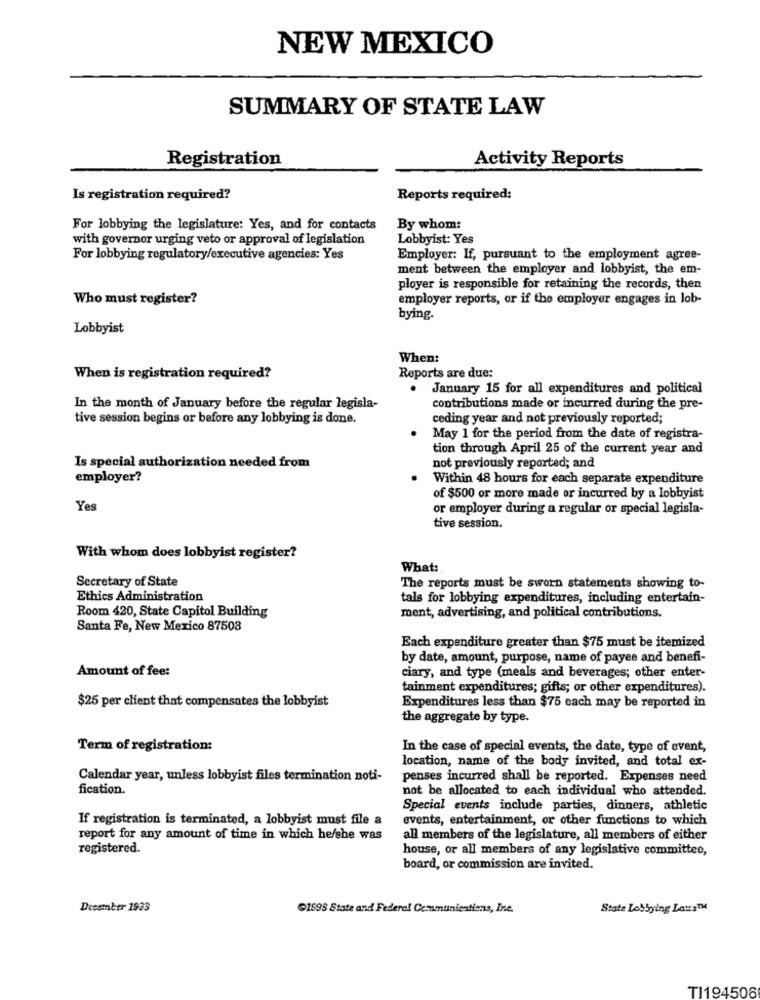
NEW MEXICO
SUMMARY OF STATE LAW
Registration
Activity Reports
Is registration required?
Reports required:
For lobbying the legislature: Yes, and for contacts
By whom:
with governor urging veto or approval of legislation
Lobbyist: Yes
For lobbying regulatory/executive agencies: Yes
Employer: If, pursuant to the employment agree-
ment between the employer and lobbyist, the em-
ployer is responsible for retaining the records, then
Who must register?
employer reports, or if the employer engages in lob-
bying.
Lobbyist
When:
When is registration required?
Reports are due:
January 15 for all expenditures and political
In the month of January before the regular legisla-
contributions made or incurred during the pre-
tive session begins or before any lobbying is done.
ceding year and not previously reported;
May 1 for the period from the date of registra-
tion through April 25 of the current year and
Is special authorization needed from
not previously reported; and
employer?
Within 48 hours for each separate expenditure
of $500 or more made or incurred by a lobbyist
Yes
or employer during a regular or special legisla-
tive session.
With whom does lobbyist register?
What:
Secretary of State
The reports must be sworn statements showing to-
Ethics Administration
tals for lobbying expenditures, including entertain-
Room 420, State Capitol Building
ment, advertising, and political contributions.
Santa Fe, New Mexico 87508
Each expenditure greater than $75 must be itemized
by date, amount, purpose, name of payee and benefi-
Amount of fee:
ciary, and type (meals and beverages; other enter-
tainment expenditures; gifts; or other expenditures).
$25 per client that compensates the lobbyist
Expenditures less than $75 each may be reported in
the aggregate by type.
Term of registration:
In the case of special events, the date, type of event,
location, name of the body invited, and total ex-
Calendar year, unless lobbyist files termination noti-
penses incurred shall be reported. Expenses need
fication.
not be allocated to each individual who attended.
Special events include parties, dinners, athletic
If registration is terminated, a lobbyist must file a
events, entertainment, or other functions to which
report for any amount of time in which he/she was
all members of the legislature, all members of either
registered.
house, or all members of any legislative committee,
board, or commission are invited.
December 1933
1898 State and Federal Communications, Inc.
State Lobbying LatsTH
TI194506